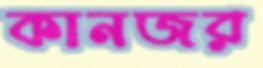
কানজর